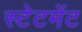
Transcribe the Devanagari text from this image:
स्‍टेटमेंट